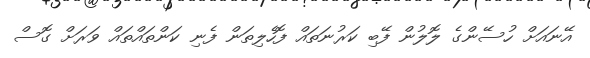
އޭނައަށް ހުސޭންގެ ލޮލުން ފޭބި ކަރުނަތައް ފޮހެލިތަން ފެނި ކަންތައްތައް ވަރަށް ގޮސް